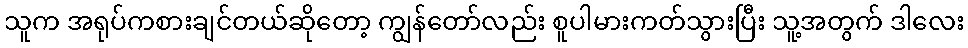
သူက အရုပ်ကစားချင်တယ်ဆိုတော့ ကျွန်တော်လည်း စူပါမားကတ်သွားပြီး သူ့အတွက် ဒါလေး